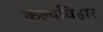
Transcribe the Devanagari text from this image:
कल्पविहार